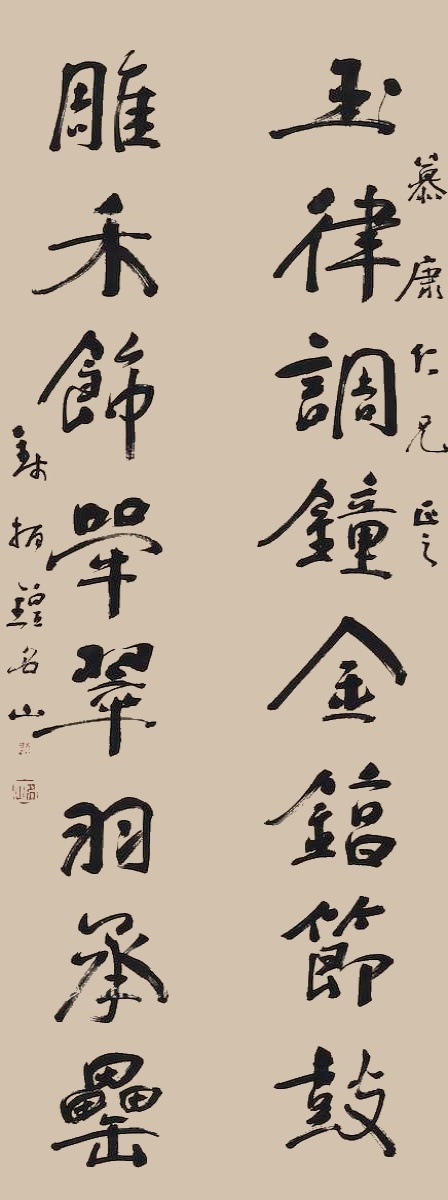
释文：玉律调钟金𬭚节鼓，雕禾饰斝翠羽承罍。慕康仁兄正之，钱振锽名山。